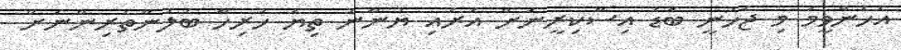
އެހެންވީމަ މި ޖެހުނީ ބޮޑު އިސްކިރީނަށް އަރައި ޔުނާނު ތިޔަ ހުރިހާ ބެލުންތެރިންނަށް